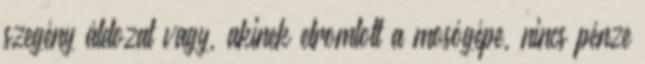
szegény áldozat vagy, akinek elromlott a mosógépe, nincs pénze